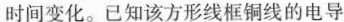
时间变化。已知该方形线框铜线的电导